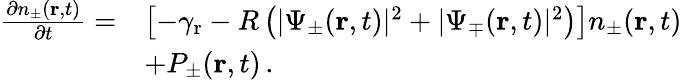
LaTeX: \begin{array}{rl}{\frac{\partial n_{\pm}(\mathbf{r},t)}{\partial t}=}&{\left[-\gamma_{\mathrm{r}}-R\left(|\Psi_{\pm}(\mathbf{r},t)|^{2}+|\Psi_{\mp}(\mathbf{r},t)|^{2}\right)\right]n_{\pm}(\mathbf{r},t)}\\ &{+P_{\pm}(\mathbf{r},t)\, .}\end{array}